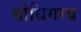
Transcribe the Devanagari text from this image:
बोधिगम्य